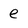
Character: e